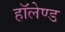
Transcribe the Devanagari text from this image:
हॉलेण्ड